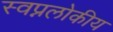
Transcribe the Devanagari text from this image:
स्वप्नलोकीय